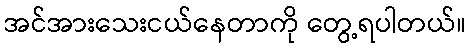
အင်အားသေးငယ်နေတာကို တွေ့ရပါတယ်။